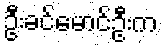
ဦးခင်မောင်ဦးက